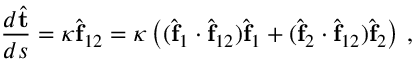
\frac { d \hat { \bf t } } { d s } = \kappa \hat { \bf f } _ { 1 2 } = \kappa \left( ( \hat { \bf f } _ { 1 } \cdot \hat { \bf f } _ { 1 2 } ) \hat { \bf f } _ { 1 } + ( \hat { \bf f } _ { 2 } \cdot \hat { \bf f } _ { 1 2 } ) \hat { \bf f } _ { 2 } \right) \, ,